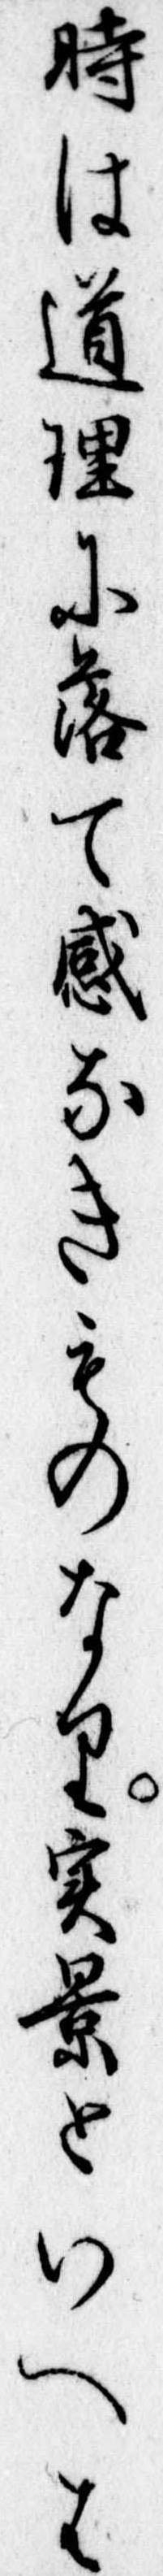
時は道理に落て感なきものなり実景といへは